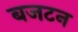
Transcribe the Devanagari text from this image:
बजटन